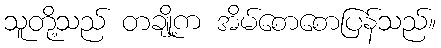
သူတို့သည် တချို့က အိမ်စောစောပြန်သည်။